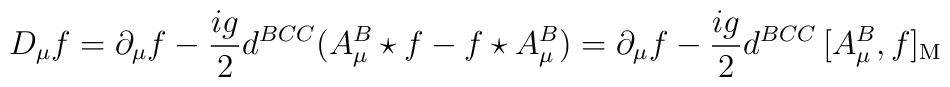
D_{\mu}f = \partial_{\mu}f - {ig\over 2} d^{BCC} (A_{\mu}^{B}\star f -f\star A_{\mu}^{B}) = \partial_{\mu}f - {ig\over 2} d^{BCC}\,[A_{\mu}^{B}, f]_{\rm M}